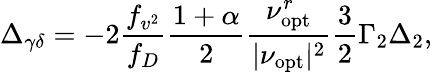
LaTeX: \Delta_{\gamma\delta}=-2\frac{f_{v^{2}}}{f_{D}}\frac{1+\alpha}{2}\frac{\nu_{\mathrm{opt}}^{r}}{|\nu_{\mathrm{opt}}|^{2}}\frac{3}{2}\Gamma_{2}\Delta_{2},